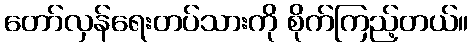
တော်လှန်ရေးတပ်သားကို စိုက်ကြည့်တယ်။